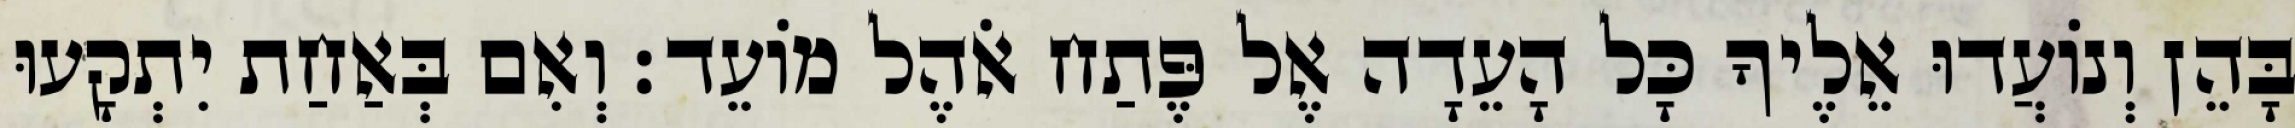
בָּהֵן וְנוֹעֲדוּ אֵלֶיךָ כָּל הָעֵדָה אֶל פֶּתַח אֹהֶל מוֹעֵד׃ וְאִם בְּאַחַת יִתְקָעוּ